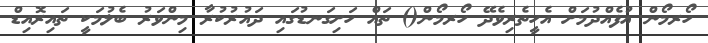
ހޯރމޯން އުފެއްދުމަށް އެހީތެރިވެދޭ ހޯރމޯން() ތައް ހަށިގަނޑުގައި ދައުރުކުރާ މިންވަރު ބެލުމަކީ ތައިރޮއިޑް